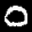
Label: 0